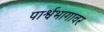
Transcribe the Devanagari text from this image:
पार्श्वभागावर